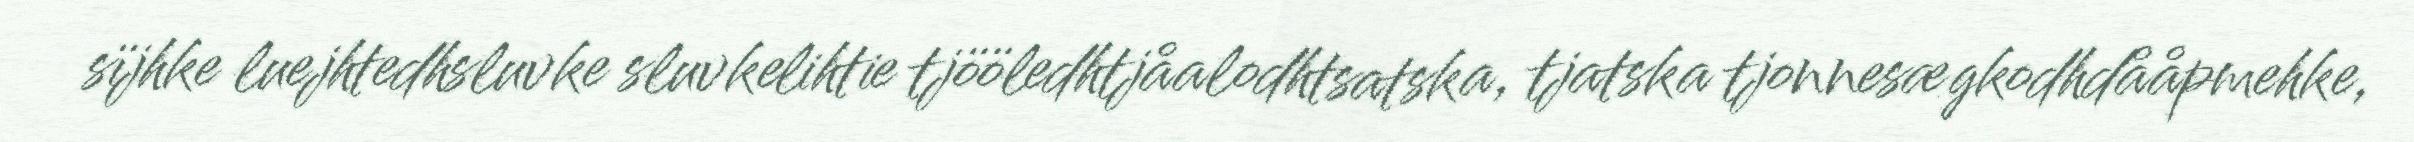
sïjhke luejhtedhsluvke sluvkelihtie tjööledhtjåalodhtsatska, tjatska tjonnesægkodhdååpmehke,